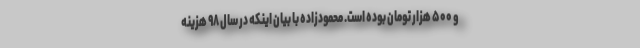
و ۵۰۰ هزار تومان بوده است. محمودزاده با بیان اینکه در سال ۹۸ هزینه